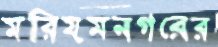
মরিয়মনগরের